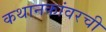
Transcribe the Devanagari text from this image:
कथानकांवरची